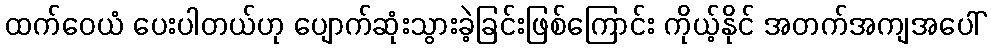
ထက်ဝေယံ ပေးပါတယ်ဟု ပျောက်ဆုံးသွားခဲ့ခြင်းဖြစ်ကြောင်း ကိုယ့်နိုင် အတက်အကျအပေါ်